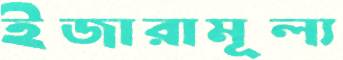
ইজারামূল্য